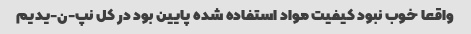
واقعا خوب نبود کیفیت مواد استفاده شده پایین بود در کل نپ-ن-یدیم